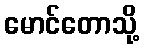
မောင်တောသို့